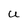
Character: U